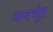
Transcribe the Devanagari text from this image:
अदर्भुत